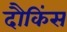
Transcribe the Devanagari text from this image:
दौकिंस